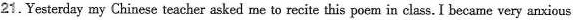
21.Yesterday my Chinese teacher asked me to recite this poem in class. I became very anxious